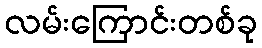
လမ်းကြောင်းတစ်ခု